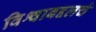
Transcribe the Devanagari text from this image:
विश्वाबद्दलचं